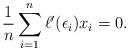
LaTeX: \begin{align*}\frac{1}{n} \sum_{i=1}^n \ell'(\epsilon_i) x_i = 0.\end{align*}